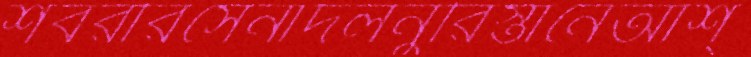
শবরীরসেনাদলনুরিস্তানেআশ্